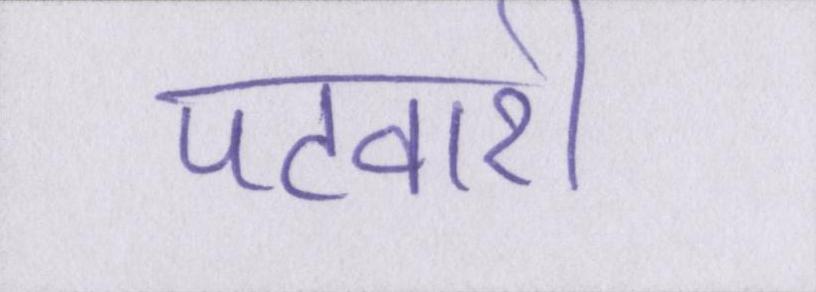
पटवारी